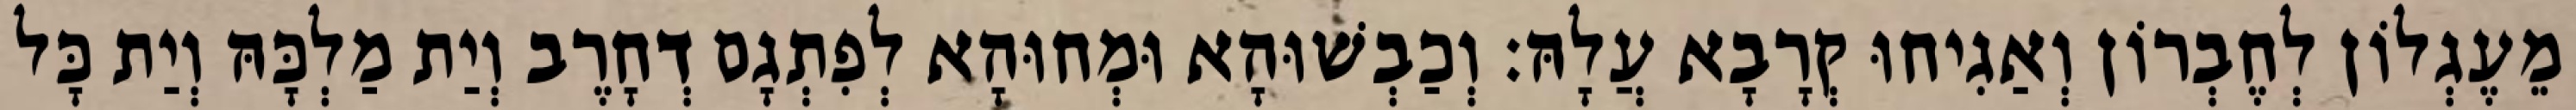
מֵעֶגְלוֹן לְחֶבְרוֹן וְאַגִיחוּ קְרָבָא עֲלָהּ׃ וְכַבְשׁוּהָא וּמְחוּהָא לְפִתְגָם דְחָרֶב וְיַת מַלְכָּהּ וְיַת כָּל